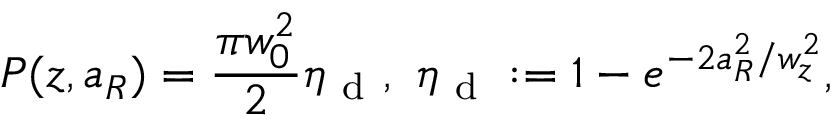
P ( z , a _ { R } ) = \frac { \pi w _ { 0 } ^ { 2 } } { 2 } \eta _ { \mathrm { ~ d ~ } } , ~ \eta _ { \mathrm { ~ d ~ } } : = 1 - e ^ { - 2 a _ { R } ^ { 2 } / w _ { z } ^ { 2 } } ,